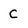
Character: C